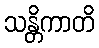
သန္တိကာတိ